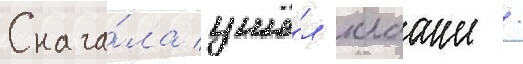
Снача́ла ушё́л клааше /